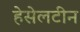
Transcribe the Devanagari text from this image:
हेसेलटीन